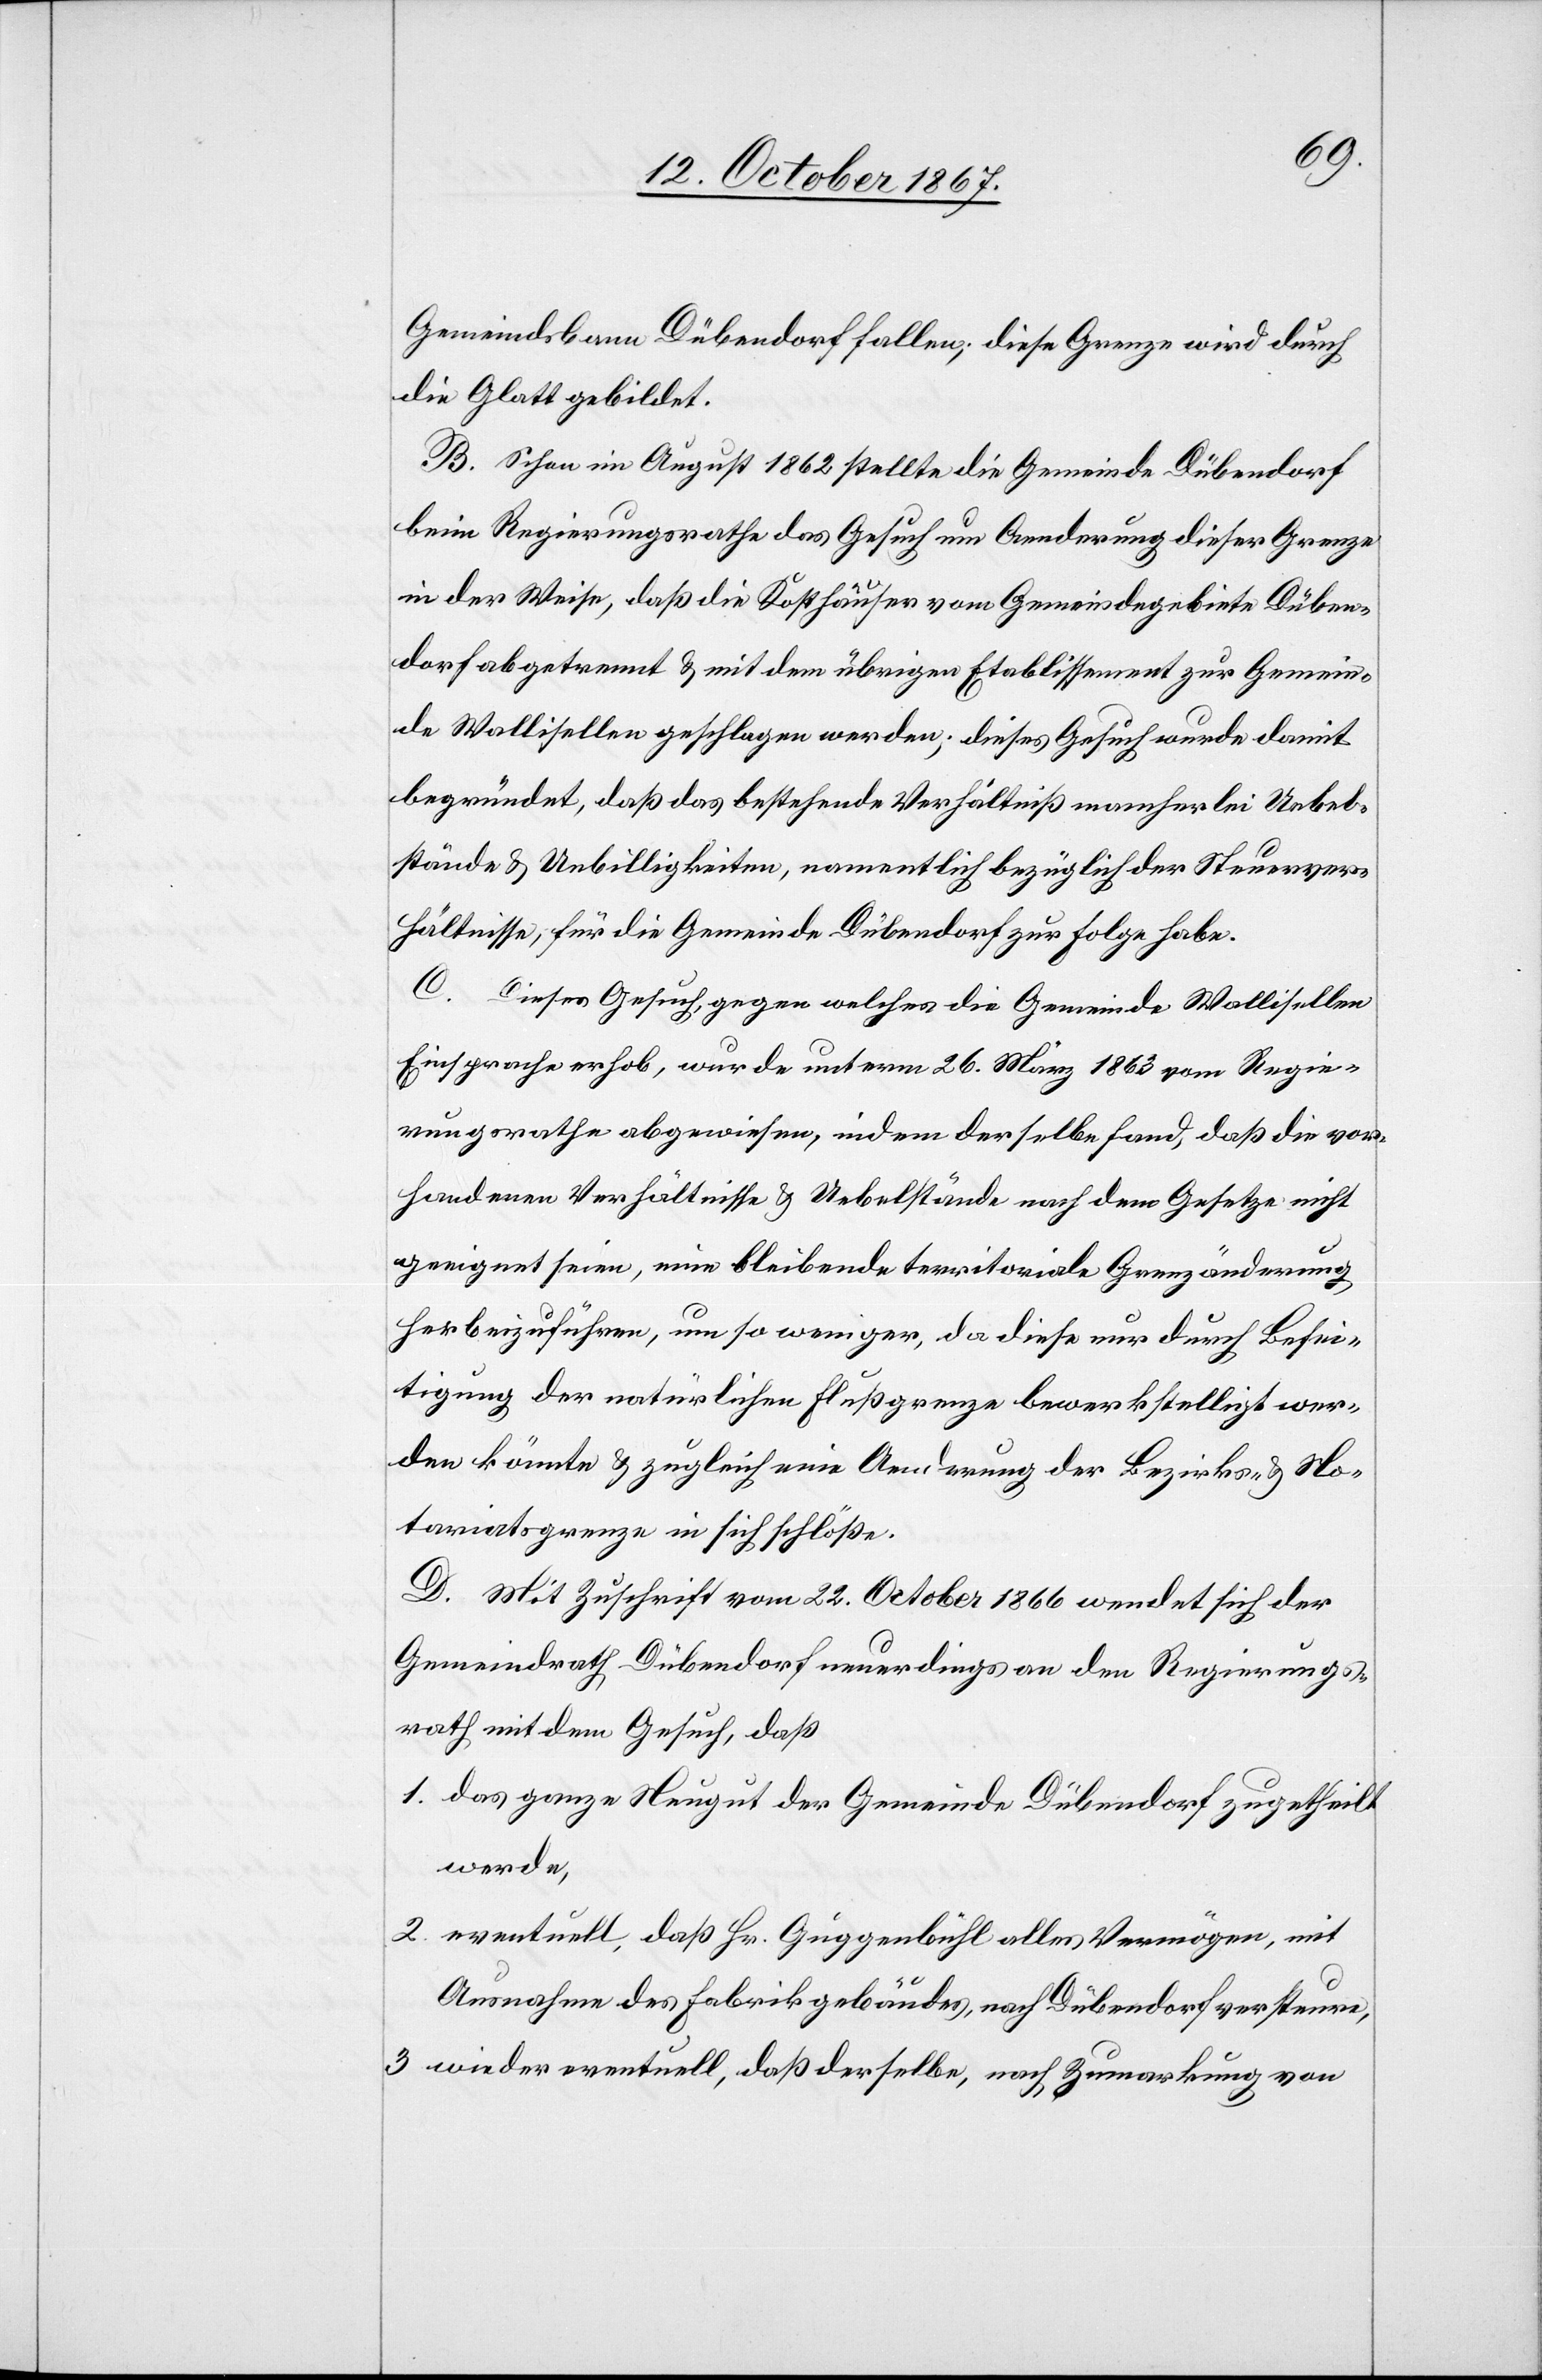
Gemeindsbann Dübendorf fallen; diese Grenze wird durch
die Glatt gebildet.
B. Schon im August 1862 stellte die Gemeinde Dübendorf
beim Regierungsrathe das Gesuch um Aenderung dieser Grenze
in der Weise, daß die Kosthäuser vom Gemeindegebiete Düben¬
dorf abgetrennt u. mit dem übrigen Etablissement zur Gemein¬
de Wallisellen geschlagen werden; dieses Gesuch wurde damit
begründet, daß das bestehende Verhältniß mancherlei Uebel¬
stände u. Unbilligkeiten, namentlich bezüglich der Steuerver¬
hältnisse, für die Gemeinde Dübendorf zur Folge habe.
C. Dieses Gesuch, gegen welches die Gemeinde Wallisellen
Einsprache erhob, wurde unterm 26. März 1863 vom Regie¬
rungsrathe abgewiesen, indem derselbe fand, daß die vor¬
handenen Verhältnisse u. Uebelstände nach dem Gesetze nicht
geeignet seien, eine bleibende territoriale Grenzänderung
herbeizuführen, um so weniger, da diese nur durch Besei¬
tigung der natürlichen Flußgrenze bewerkstelligt wer¬
den könnte u. zugleich eine Aenderung der Bezirks- u. No¬
tariatsgrenze in sich schlöße.
D. Mit Zuschrift vom 22. October 1866 wendet sich der
Gemeindrath Dübendorf neuerdings an den Regierungs¬
rath mit dem Gesuch, daß
1. das ganze Neugut der Gemeinde Dübendorf zugetheilt
werde,
2. eventuell, daß Hr. Guggenbühl alles Vermögen, mit
Ausnahme des Fabrikgebäudes, nach Dübendorf versteure,
3. wieder eventuell, daß derselbe, nach Zumarkung von